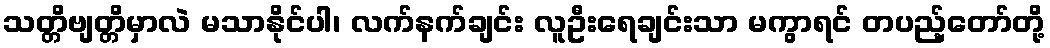
သတ္တိဗျတ္တိမှာလဲ မသာနိုင်ပါ၊ လက်နက်ချင်း လူဦးရေချင်းသာ မကွာရင် တပည့်တော်တို့